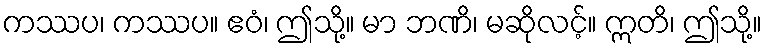
ကဿပ၊ ကဿပ။ ဧဝံ၊ ဤသို့။ မာ ဘဏိ၊ မဆိုလင့်။ ဣတိ၊ ဤသို့။